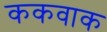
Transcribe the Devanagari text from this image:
ककवाक